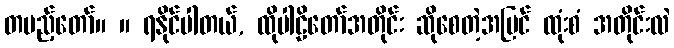
တပည့်တော်။ ။ ရနိုင်ပါတယ်, ထိုပါဠိတော်အတိုင်း ဆိုစေတဲ့အပြင် ထုံးစံ အတိုင်းလဲ